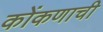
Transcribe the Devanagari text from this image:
कोंकणाची